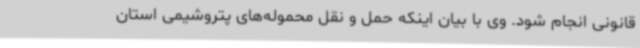
قانونی انجام شود. وی با بیان اینکه حمل و نقل محموله‌های پتروشیمی استان